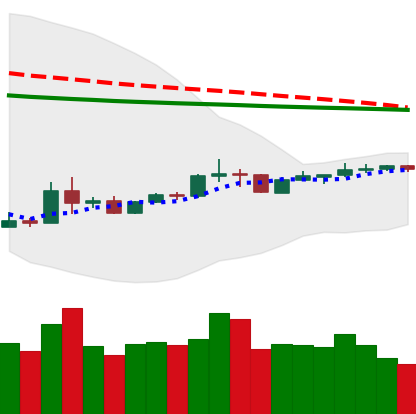
Ticker: XRP-USD
Chart end date: 2020-04-05
Forward return: 4.491%
Label: up_3_5